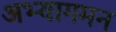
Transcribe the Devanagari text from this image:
अभ्यागमन